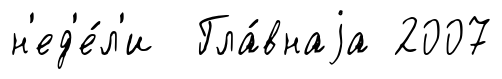
н'ед'е́л'и Гла́внаjа 2007